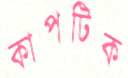
কাপটিক